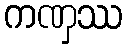
ကဏှဿ